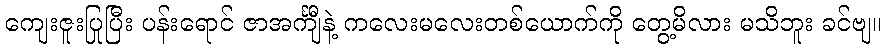
ကျေးဇူးပြုပြီး ပန်းရောင် ဇာအင်္ကျီနဲ့ ကလေးမလေးတစ်ယောက်ကို တွေ့မိလား မသိဘူး ခင်ဗျ။